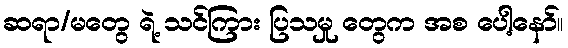
ဆရာ/မတွေ ရဲ့ သင်ကြား ပြသမှု တွေက အစ ပေါ့နော်။